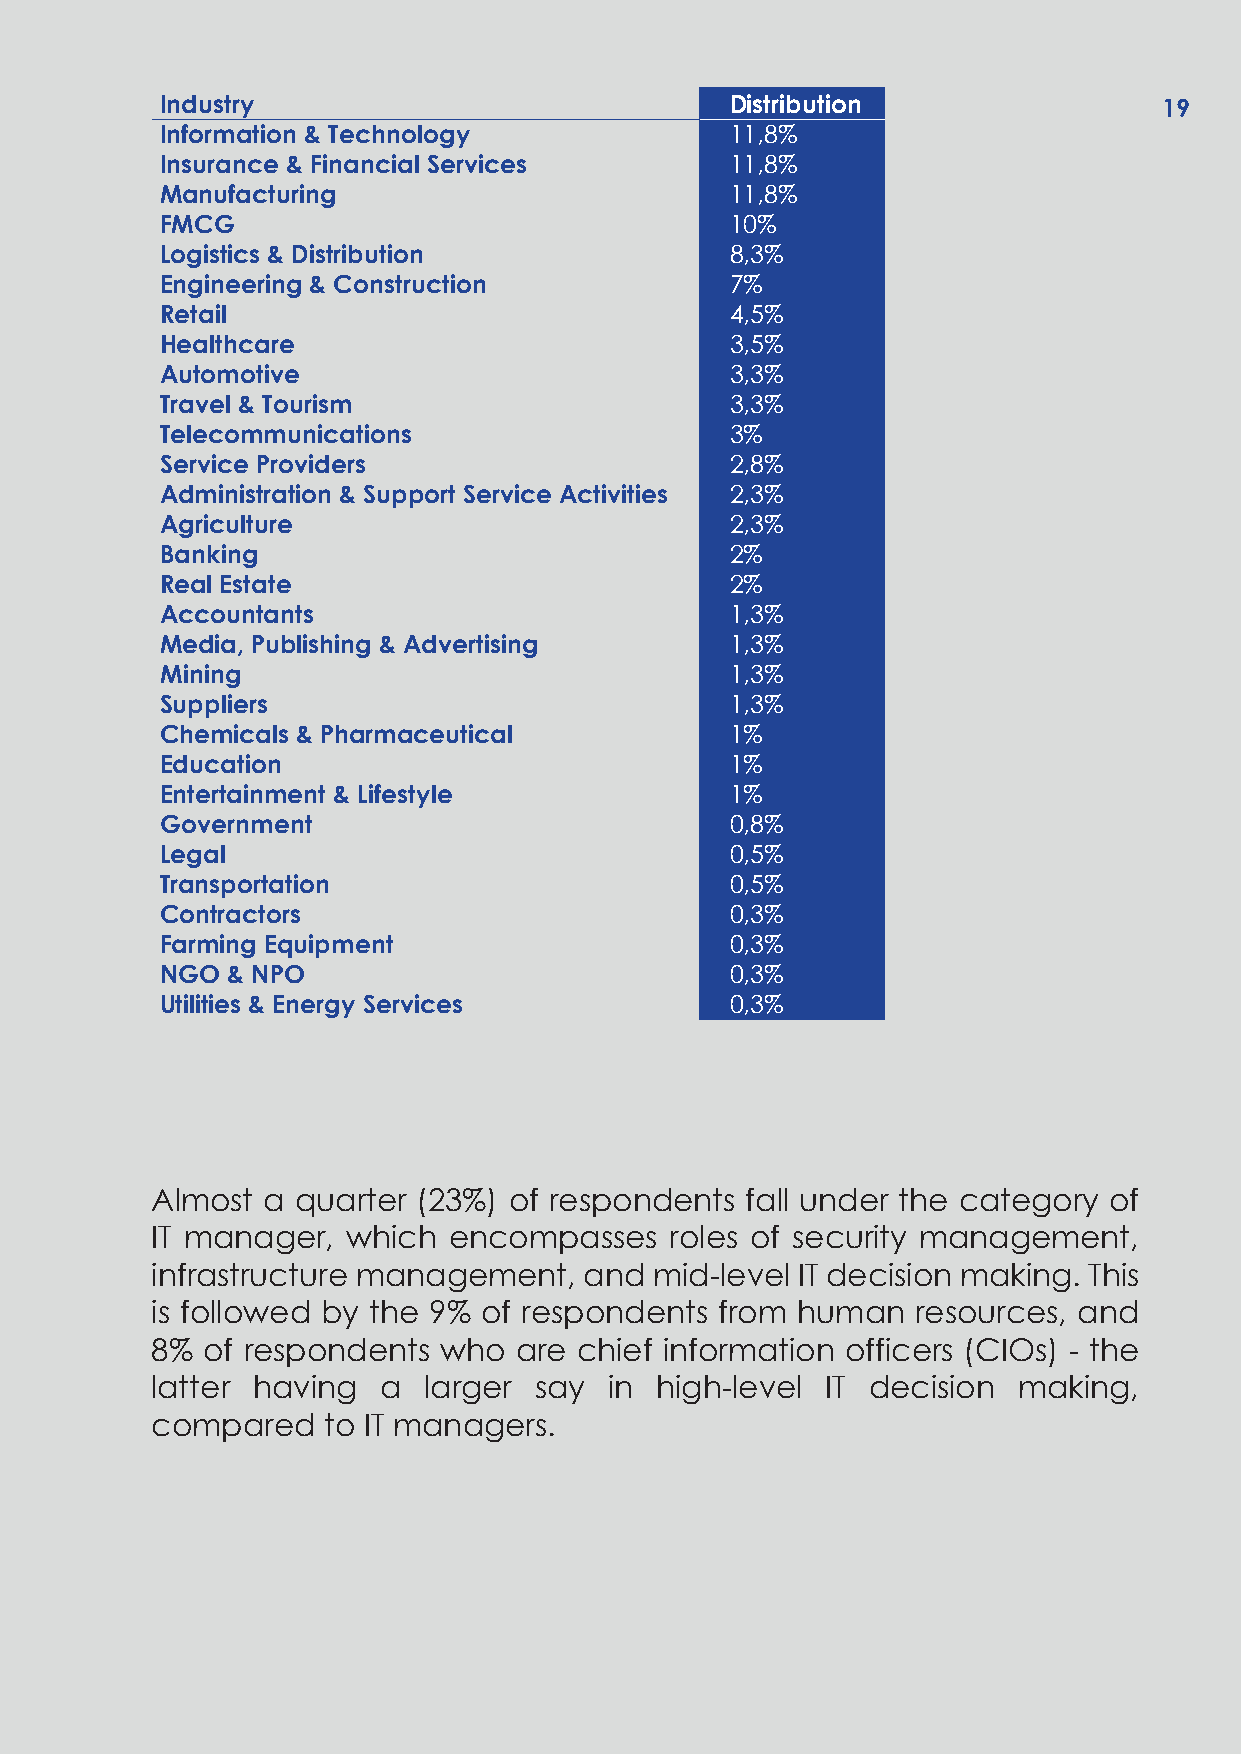
Industry                             Distribution                 19
 Information & Technology             11,8%
 Insurance & Financial Services       11,8%
 Manufacturing                        11,8%
 FMCG                                 10%
 Logistics & Distribution             8,3%
 Engineering & Construction           7%
 Retail                               4,5%
 Healthcare                           3,5%
 Automotive                           3,3%
 Travel & Tourism                     3,3%
 Telecommunications                   3%
 Service Providers                    2,8%
 Administration & Support Service Activities 2,3%
 Agriculture                          2,3%
 Banking                              2%
 Real Estate                          2%
 Accountants                          1,3%
 Media, Publishing & Advertising      1,3%
 Mining                               1,3%
 Suppliers                            1,3%
 Chemicals & Pharmaceutical           1%
 Education                            1%
 Entertainment & Lifestyle            1%
 Government                           0,8%
 Legal                                0,5%
 Transportation                       0,5%
 Contractors                          0,3%
 Farming Equipment                    0,3%
 NGO & NPO                            0,3%
 Utilities & Energy Services          0,3%
 Almost a  quarter (23%) of respondents fall under the category of
 IT manager,  which  encompasses   roles of security management,
 infrastructure management,   and mid-level IT decision making. This
 is followed by the 9% of respondents from  human   resources, and
 8% of respondents  who  are chief information officers (CIOs) - the
 latter having  a  larger say  in high-level  IT decision making,
 compared   to IT managers.